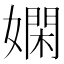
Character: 嫻